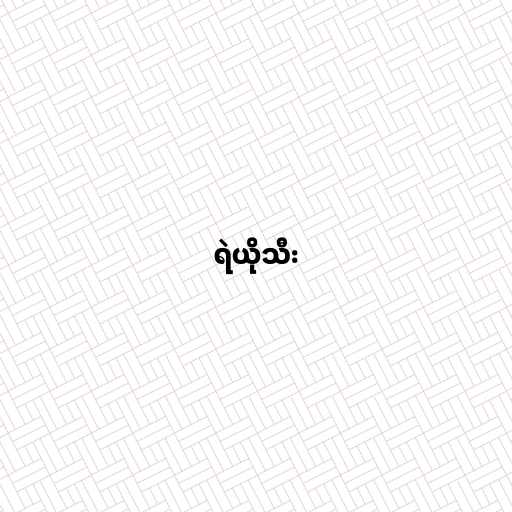
ရဲယိုသီး